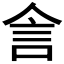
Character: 𬾕